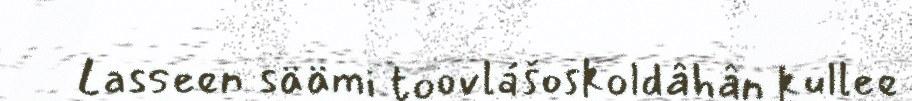
Lasseen säämi toovlášoskoldâhân kullee